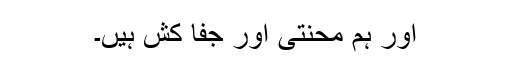
اور ہم محنتی اور جفا کش ہیں۔